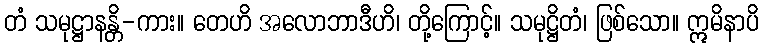
တံ သမုဋ္ဌာနန္တိ-ကား။ တေဟိ အလောဘာဒီဟိ၊ တို့ကြောင့်။ သမုဋ္ဌိတံ၊ ဖြစ်သော။ ဣမိနာပိ